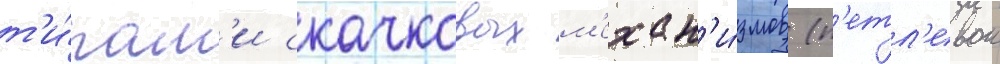
т'и́пам'и скачковых м'ехан'и́змов (п'етл'евои